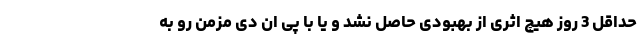
حداقل 3 روز هیچ اثری از بهبودی حاصل نشد و یا با پی ان دی مزمن رو به